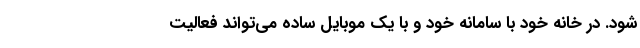
شود. در خانه خود با سامانه خود و با یک موبایل ساده می‌تواند فعالیت